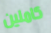
كاملين